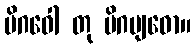
မိဂဝေါ တု မိဂဗျဓော။